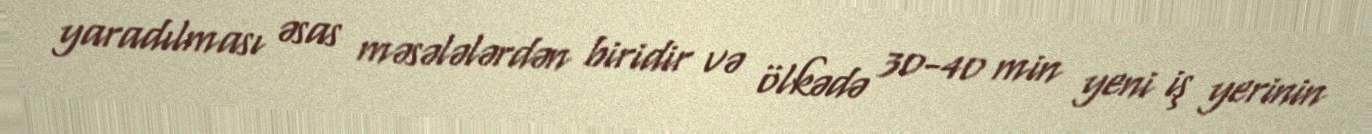
yaradılması əsas məsələlərdən biridir və ölkədə 30-40 min yeni iş yerinin